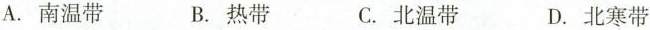
A. 南温带 B. 热带 C. 北温带 D. 北寒带